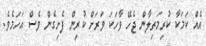
އެއް ކަމަކާ ކުރިމަތިލާން ޖެހޭ ވާހަކަ ވަރަށް ކުރިން ފެށިގެން ވެސް އަހަމެވެ.